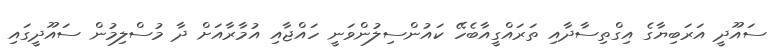
ސައޫދީ އަރަބިޔާގެ އިގްތިސާދާއި ތަރައްގީއާބެހޭ ކައުންސިލުންވަނީ ހައްޖާއި އުމާރާއަށް ދާ މުސްލިމުން ސައޫދީގައި